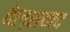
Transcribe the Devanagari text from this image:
वेल्सवाद